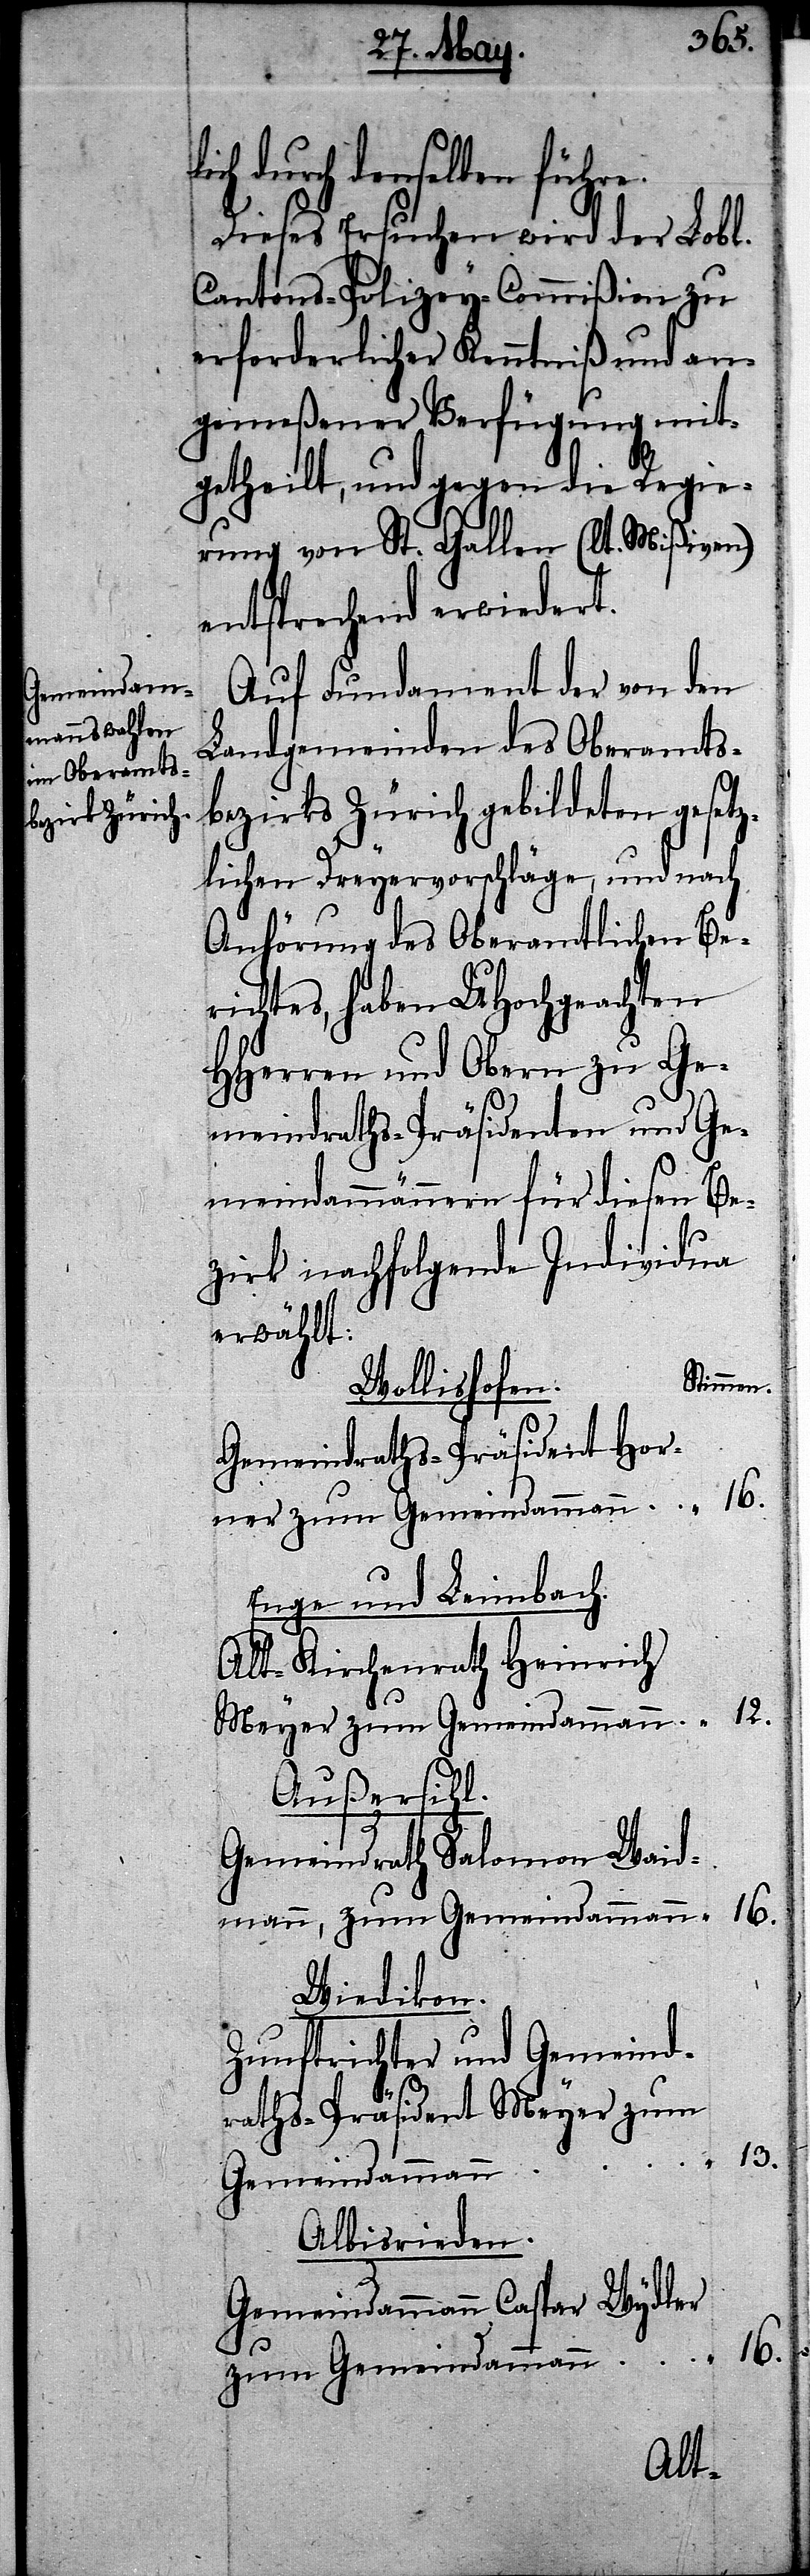
lich durch denselben führe.
Dieses Ersuchen wird der Lobl.
Cantons-Polizey-Commißion zu
erforderlicher Kenntniß und an¬
gemeßener Verfügung mit¬
getheilt, und gegen die Regie¬
rung von St. Gallen (lt. Mißiven)
entsprechend erwiedert.
Auf Fundament der von den
Landgemeinden des Oberamts¬
bezirks Zürich gebildeten gesetz¬
lichen Dreyervorschläge, und nach
Anhörung des Oberamtlichen Be¬
richtes, haben UHochgeachten
HHerren und Obern zu Ge¬
meindraths-Präsidenten und Ge¬
meindammännern für diesen Be¬
zirk nachfolgende Individua
erwählt:
Stimmen
Wollishofen.
Gemeindraths-Präsident Horn¬
Enge und Leimbach.
Alt-Kirchenrath Heinrich
Außersihl.
Gemeindrath Salomon Waid¬
mann, zum Gemeindammann
Wiedikon.
Zunftrichter und Gemeind¬
raths-Präsident Meyer zum
13.
“
Gemeindammann
Albisrieden.
Gemeindammann Caspar Wydler
16.
zum Gemeindammann